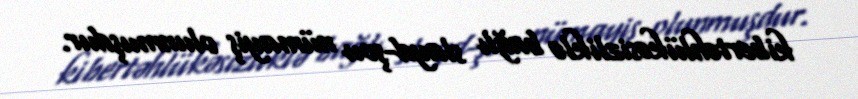
kibertəhlükəsizliklə bağlı slayd-şou nümayiş olunmuşdur.